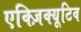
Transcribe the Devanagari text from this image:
एक्ज़िक्यूटिव